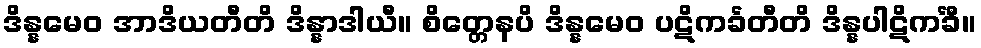
ဒိန္နမေဝ အာဒိယတီတိ ဒိန္နာဒါယီ။ စိတ္တေနပိ ဒိန္နမေဝ ပဋိကင်္ခတီတိ ဒိန္နပါဋိကင်္ခီ။